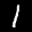
Label: 1